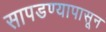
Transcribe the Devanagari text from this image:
सापडण्यापासून